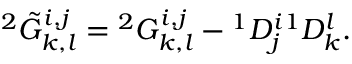
{ } ^ { 2 } \tilde { G } _ { k , l } ^ { i , j } = { } ^ { 2 } G _ { k , l } ^ { i , j } - { } ^ { 1 } D _ { j } ^ { i } { } ^ { 1 } D _ { k } ^ { l } .